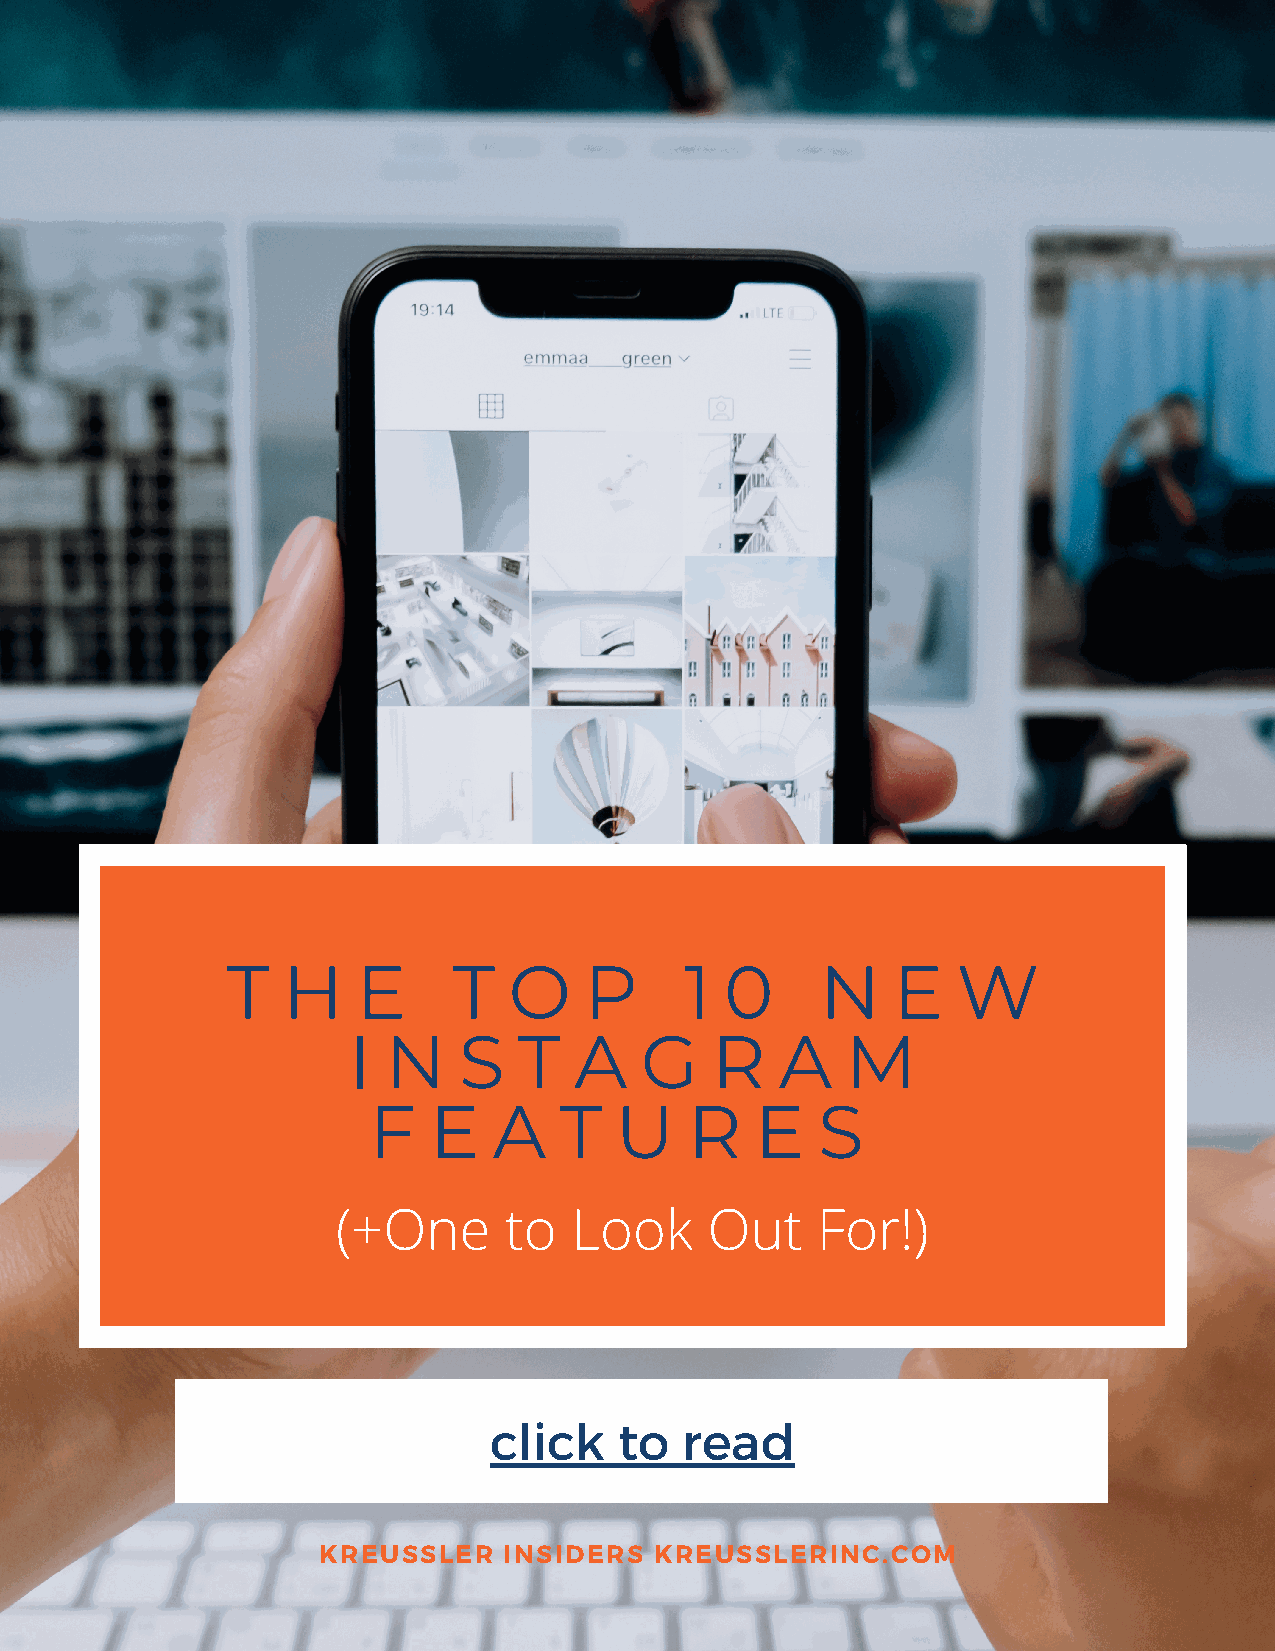
T   H    E     T   O    P     1  0     N    E   W
 I N    S   T   A   G    R    A   M
 F   E    A   T   U    R   E   S
 (+One      to   Look     Out    For!)
 click    to  read
 KREUSSLER   INSIDERS  KREUSSLERINC.COM